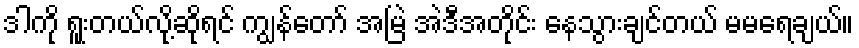
ဒါကို ရူးတယ်လို့ဆိုရင် ကျွန်တော် အမြဲ အဲဒီအတိုင်း နေသွားချင်တယ် မမရေချယ်။